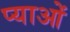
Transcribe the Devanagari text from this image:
प्याओं